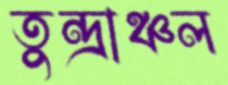
তুন্দ্রাঞ্চল